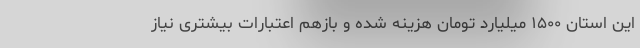
این استان ۱۵۰۰ میلیارد تومان هزینه شده و بازهم اعتبارات بیشتری نیاز